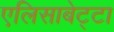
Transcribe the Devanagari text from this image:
एलिसाबेट्टा